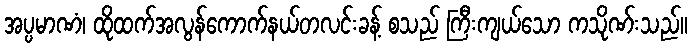
အပ္ပမာဏံ၊ ထိုထက်အလွန်ကောက်နယ်တလင်းခန့် စသည် ကြီးကျယ်သော ကသိုဏ်းသည်။